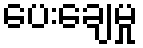
ပေးချေမှု